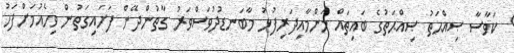
ކަވާސާ ޞިއްޙަތު ޞިއްޙަތުގެ ބައިތައް މަންމާއިދަރިފުޅު މާބަނޑުދުވަސްވަރު ގާތުންދޭން ފަށައިގަތުން ވިހެއުމަށްފަހު